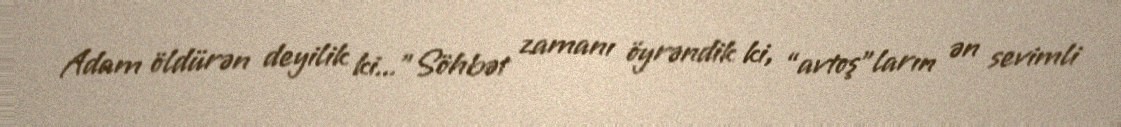
Adam öldürən deyilik ki...”Söhbət zamanı öyrəndik ki, “avtoş”ların ən sevimli